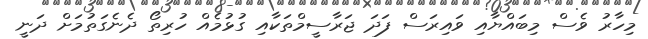
މިހާރު ވެސް މިބައްޔާއި ވައިރަސް ފަދަ ޖަރާސީމްތަކާއި ގުޅުމެއް ހުރިތޯ ދެނެގަތުމަށް ދަނީ